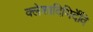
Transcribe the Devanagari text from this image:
क्लेशादिभिर्देवि